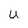
Character: U